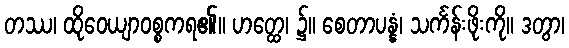
တဿ၊ ထိုဝေယျာဝစ္စကရ၏။ ဟတ္ထေ၊ ၌။ စေတာပန္နံ၊ သင်္ကန်းဖိုးကို။ ဒတွာ၊